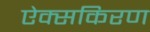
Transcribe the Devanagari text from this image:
ऐक्सकिरण